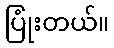
ပြုံးတယ်။